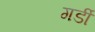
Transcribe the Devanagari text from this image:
गर्डी